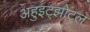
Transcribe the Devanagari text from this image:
अहुइट्झोट्ल